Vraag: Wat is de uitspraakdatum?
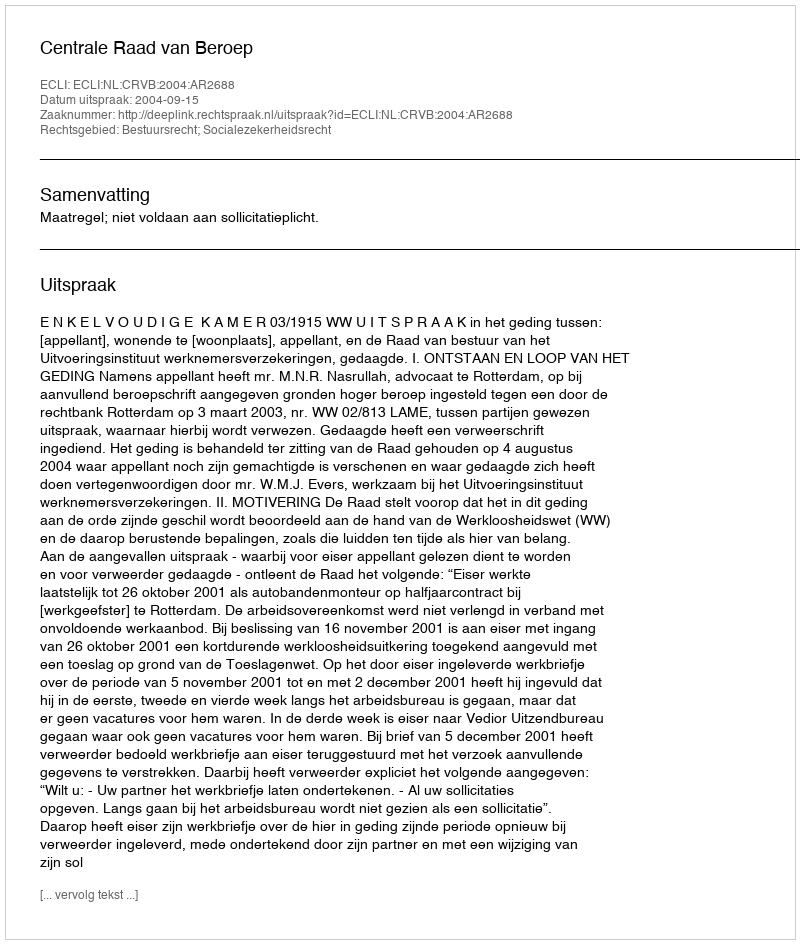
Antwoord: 2004-09-15